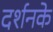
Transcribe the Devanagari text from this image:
दर्शनके